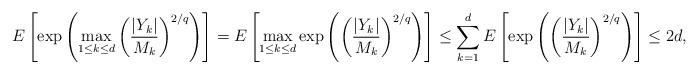
LaTeX: \begin{align*}E\left[\exp\left(\max_{1\leq k\leq d}\left(\frac{|Y_k|}{M_k}\right)^{2/q}\right)\right]&= E\left[\max_{1\leq k\leq d}\exp\left(\left(\frac{|Y_k|}{M_k}\right)^{2/q}\right)\right]\leq\sum_{k=1}^dE\left[\exp\left(\left(\frac{|Y_k|}{M_k}\right)^{2/q}\right)\right]\leq2d,\end{align*}